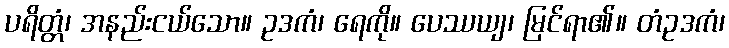
ပရိတ္တံ၊ အနည်းငယ်သော။ ဥဒကံ၊ ရေကို။ ပေဿယျ၊ မြင်ရာ၏။ တံဥဒကံ၊